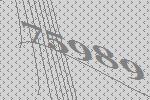
75989